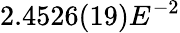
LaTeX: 2.4526(19)E^{-2}